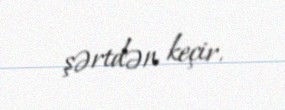
şərtdən keçir.